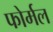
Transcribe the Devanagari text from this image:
फोर्मल